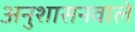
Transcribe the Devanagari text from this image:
अनुशासनवाले